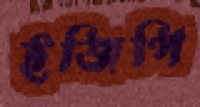
ইজিপি